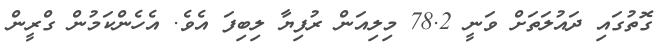
ގޮތުގައި ދައުލަތަށް ވަނީ 78.2 މިލިއަން ރުފިޔާ ލިބިފަ އެވެ. އެހެންކަމުން ގްރީން